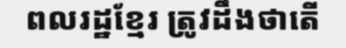
ពលរដ្ឋខ្មែរ ត្រូវដឹងថាតើ